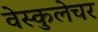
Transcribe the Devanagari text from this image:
वेस्कुलेचर